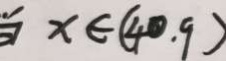
x \in ( 4 0 , 9 )